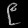
Digit: ၉